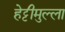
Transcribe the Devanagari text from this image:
हेट्टीमुल्ला